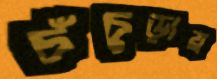
চঁচুড়ায়